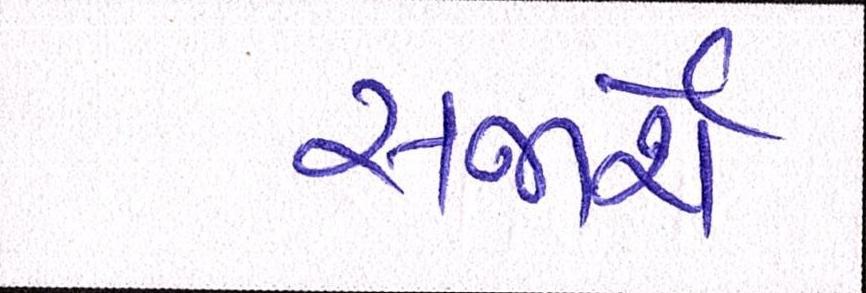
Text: સજાર્શેઃ